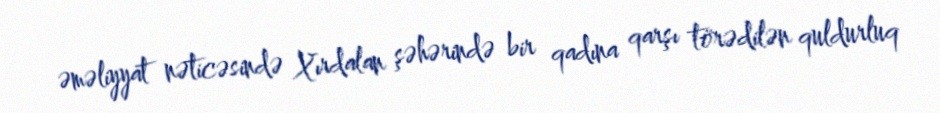
əməliyyat nəticəsində Xırdalan şəhərində bir qadına qarşı törədilən quldurluq